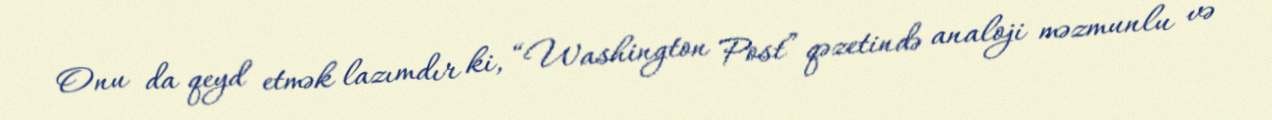
Onu da qeyd etmək lazımdır ki, “Washington Post” qəzetində analoji məzmunlu və